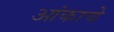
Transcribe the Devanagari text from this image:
आंकाचे